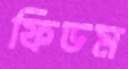
ফিডম